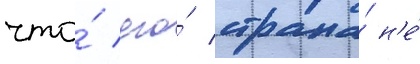
что́ его́ страна́ н'е́